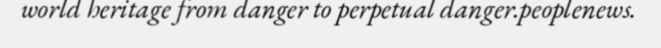
world heritage from danger to perpetual danger.peoplenews.